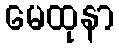
မေထုနာ